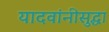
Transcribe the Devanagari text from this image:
यादवांनीसुद्धा